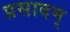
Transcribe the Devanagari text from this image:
प्रसादम्